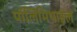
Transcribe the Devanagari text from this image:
पॉलिमिथाइल